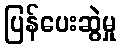
ပြန်ပေးဆွဲမှု